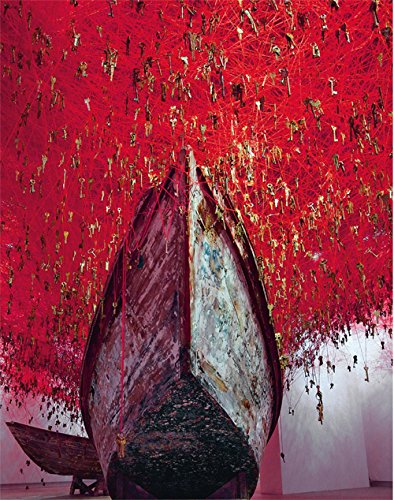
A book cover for Chiharu Shiota: The Key in the Hand (Esposizione Internazionale D'arte) (English, English, Japanese and Italian Edition); Chiharu Shiota; Arts & Photography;